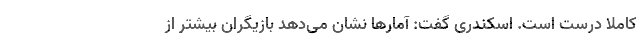
کاملاً درست است. اسکندری گفت: آمارها نشان می‌دهد بازیگران بیشتر از